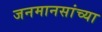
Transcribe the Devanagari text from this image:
जनमानसांच्या